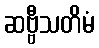
ဆဗ္ဗီသတိမံ